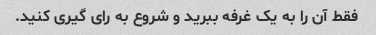
فقط آن را به یک غرفه ببرید و شروع به رای گیری کنید.